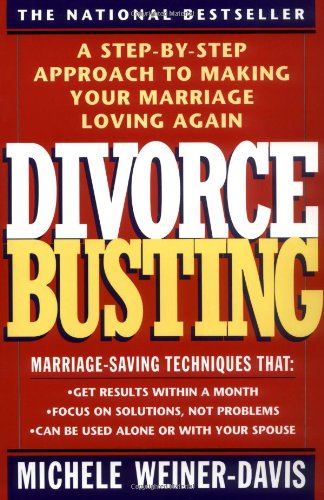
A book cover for Divorce Busting: A Step-by-Step Approach to Making Your Marriage Loving Again; Michele Weiner-Davis; Parenting & Relationships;